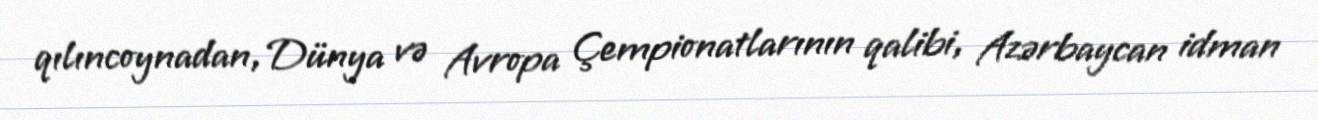
qılıncoynadan, Dünya və Avropa Çempionatlarının qalibi, Azərbaycan idman